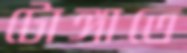
টোঙ্গাতে